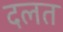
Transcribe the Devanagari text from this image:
दलत